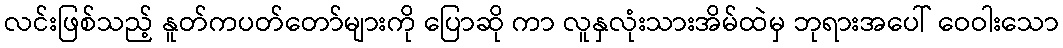
လင်းဖြစ်သည့် နူတ်ကပတ်တော်များကို ပြောဆို ကာ လူနှလုံးသားအိမ်ထဲမှ ဘုရားအပေါ် ဝေဝါးသော